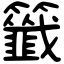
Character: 籤